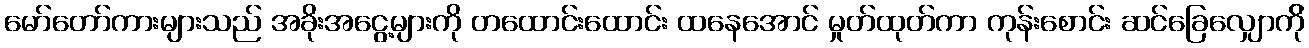
မော်တော်ကားများသည် အခိုးအငွေ့များကို တထောင်းထောင်း ထနေအောင် မှုတ်ထုတ်ကာ ကုန်းစောင်း ဆင်ခြေလျှောက်ို